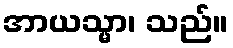
အာယသ္မာ၊ သည်။